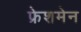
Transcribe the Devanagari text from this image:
फ्रेशमेन